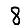
Digit: 8